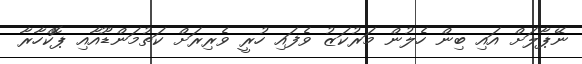
ނޭޕާލަށް އައި ބިން ހެލުން މަރުކަޒު ވެފައި ހުރީ ވެރިރަށް ކަތުމަންޑޫއާއި ޕޮކްހާރާ